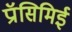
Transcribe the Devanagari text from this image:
प्रॉसिमिई